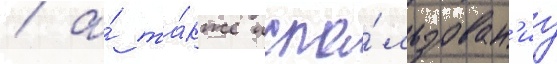
/ а́ та́кже испо́льзован'иу